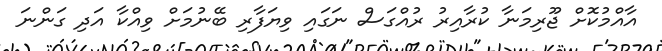
އާއްމުކޮށް ޖޫރިމަނާ ކުރާއިރު ރުއްގަސް ނަގައި ވިޔަފާރި ބޭނުމަށް ވިއްކާ އަދި ގަންނަ